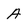
Character: A